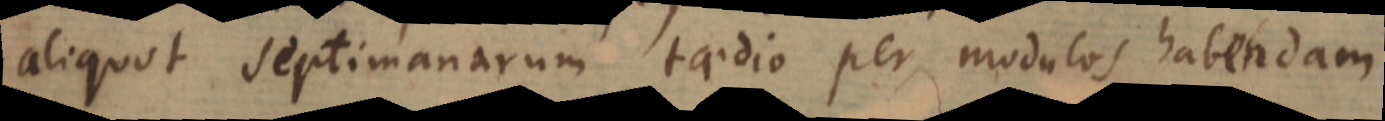
aliquot septimanarum taedio per modulos habendam